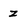
Character: z